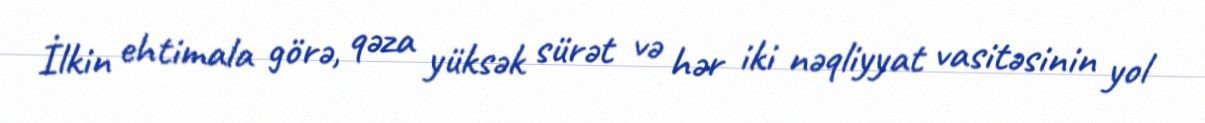
İlkin ehtimala görə, qəza yüksək sürət və hər iki nəqliyyat vasitəsinin yol